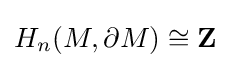
H_{n}(M,\partial M)\cong \mathbf {Z}